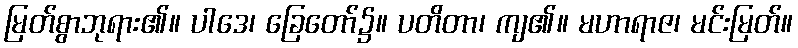
မြတ်စွာဘုရား၏။ ပါဒေ၊ ခြေတော်၌။ ပတိတာ၊ ကျ၏။ မဟာရာဇ၊ မင်းမြတ်။